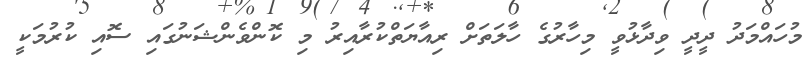
މުހައްމަދު ދީދީ ވިދާޅުވީ މިހާރުގެ ހާލަތަށް ރިއާޔަތްކުރާއިރު މި ކޮންވެންޝަނުގައި ސޮއި ކުރުމަކީ